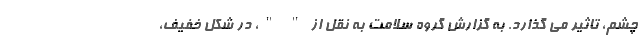
چشم، تاثیر می گذارد. به گزارش گروه سلامت به نقل از " "، در شکل خفیف،